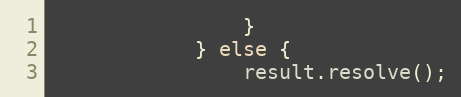
Language: JavaScript
                }
            } else {
                result.resolve();